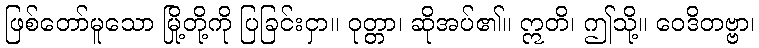
ဖြစ်တော်မူသော မြို့တို့ကို ပြခြင်းငှာ။ ဝုတ္တာ၊ ဆိုအပ်၏။ ဣတိ၊ ဤသို့။ ဝေဒိတဗ္ဗာ၊